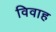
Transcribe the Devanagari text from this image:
विवाह